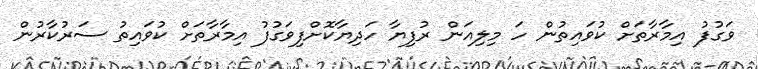
ވަގުފު އިމާރާތަށް ކުވައިތުން ހަ މިލިއަން ރުފިޔާ ހަދިޔާކޮށްފިވަގުފު އިމާރާތަށް ކުވައިތު ސަރުކާރުން